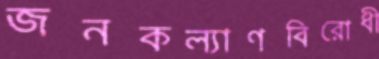
জনকল্যাণবিরোধী